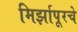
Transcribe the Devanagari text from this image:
मिर्झापूरचे